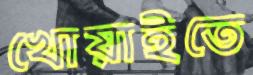
খোয়াইতে